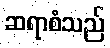
ဆရာစံသည်